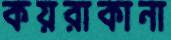
কয়রাকানা